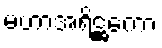
မဟာအရိဋ္ဌကော